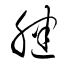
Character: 腱